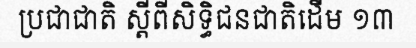
ប្រជាជាតិ ស្តីពីសិទ្ធិជនជាតិដើម ១៣